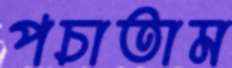
পচাতাম